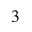
^ 3